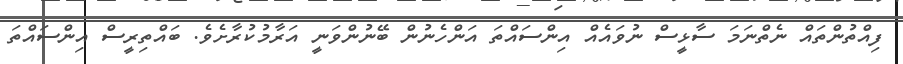
ފިއްތުންތައް ނެތްނަމަ ސާޅީސް ނުވައެއް އިންސައްތަ އަންހެނުން ބޭނުންވަނީ އަރާމުކުރާށެވެ. ބައްތިރީސް އިންސައްތަ